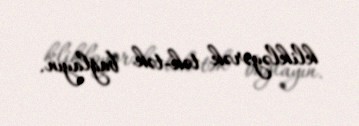
klikləyərək tək-tək bağlayın.